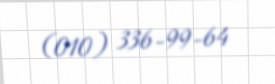
(010) 336-99-64